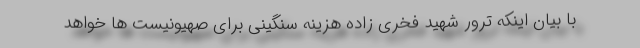
با بیان اینکه ترور شهید فخری زاده هزینه سنگینی برای صهیونیست ها خواهد